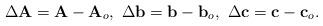
LaTeX: \begin{align*}\Delta \mathbf{A} = \mathbf{A}-\mathbf{A}_o, \ \Delta \mathbf{b} = \mathbf{b}-\mathbf{b}_o, \ \Delta \mathbf{c} = \mathbf{c}-\mathbf{c}_o.\end{align*}